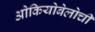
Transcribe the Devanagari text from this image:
ओकियोबेलोची